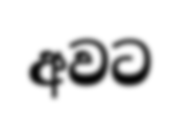
අවට